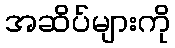
အဆိပ်များကို